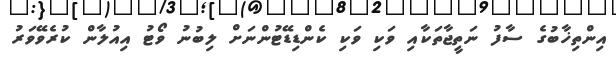
އިންތިޚާބުގެ ސާފު ނަތީޖާތަކާއި ވަކި ވަކި ކެންޑިޑޭޓުންނަށް ލިބުނު ވޯޓު އިއުލާން ކުރެވޭވަރު